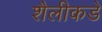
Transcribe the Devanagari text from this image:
शैलीकडे